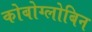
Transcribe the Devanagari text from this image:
कोबोग्लोबिन